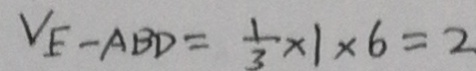
V _ { E } - A B D = \frac { 1 } { 3 } \times 1 \times 6 = 2